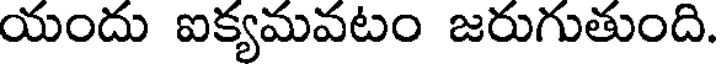
యందు ఐక్యమవటం జరుగుతుంది.